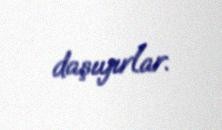
daşıyırlar.